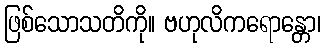
ဖြစ်သောသတိကို။ ဗဟုလိကရောန္တော၊